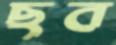
ছব